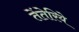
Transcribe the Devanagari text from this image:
तेंतेरिये